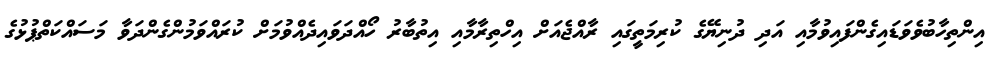
އިންތިހާބުވެވަޑައިގެންފައިވުމާއި އަދި ދުނިޔޭގެ ކުރިމަތީގައި ރާއްޖެއަށް އިހްތިރާމާއި އިތުބާރު ހޯއްދަވައިދެއްވުމަށް ކުރައްވަމުންގެންދަވާ މަސައްކަތްޕުޅުގެ